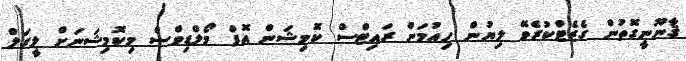
ޤާނޫނީގޮތުން ގެޒެޓްކުރެވޭ ލިޔުން ހިއުމަން ރައިޓްސް ކޮމިޝަން އޮފް މޯލްޑިވްސް މިކޮމިޝަނަށް ލީގަލް